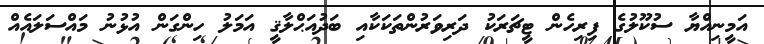
އަމީނިއްޔާ ސުކޫލުގެ ފިރިހެން ޓީޗަރަކު ދަރިވަރުންތަކަކާއި ބަދުއަޙްލާޤީ އަމަލު ހިންގަން އުޅުނު މައްސަލައެއް